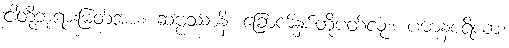
ငါတို့ဘုရားမြတ်အား။ ဆဗ္ဗဿာနိ၊ ခြောက်နှစ်တို့ပတ်လုံး။ ပဓာနစရိယာ၊